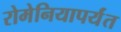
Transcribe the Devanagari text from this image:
रोमेनियापर्यंत